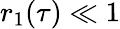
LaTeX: r_{1}(\tau)\ll 1